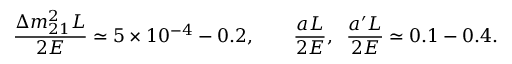
\frac { \Delta m _ { 2 1 } ^ { 2 } L } { 2 E } \simeq 5 \times 1 0 ^ { - 4 } - 0 . 2 , \qquad \frac { a L } { 2 E } , \; \; \frac { a ^ { \prime } L } { 2 E } \simeq 0 . 1 - 0 . 4 .